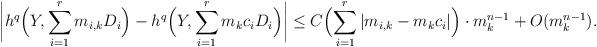
LaTeX: \begin{align*}\biggl| h^q\Bigl(Y,\sum_{i =1}^r m_{i,k} D_i\Bigr) -h^q\Bigl(Y,\sum_{i =1}^r m_kc_i D_i\Bigr)\biggr| \leq C \Bigl( \sum_{i =1}^r |m_{i,k} - m_k c_i|\Bigr)\cdot m_k^{n-1} +O(m_k^{n-1}).\end{align*}